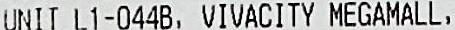
UNIT L1-044B, VIVACITY MEGAMALL,